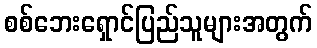
စစ်ဘေးရှောင်ပြည်သူများအတွက်